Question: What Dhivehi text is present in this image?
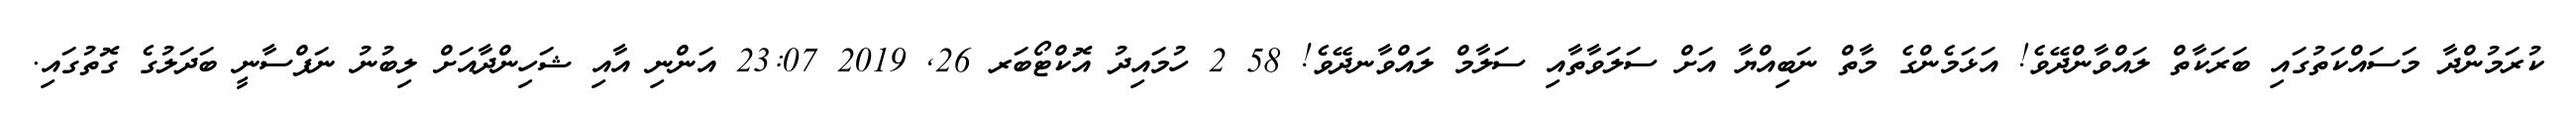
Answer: ކުރަމުންދާ މަސައްކަތުގައި ބަރަކާތް ލައްވާންދޭވެ! އަޅަމެންގެ މާތް ނަބިއްޔާ އަށް ސަލަވާތާއި ސަލާމް ލައްވާނދޭވެ! 58 2 ހުމައިދު އޮކްޓޯބަރ 26, 2019 23:07 އަންނި އާއި ޝަހިންދާއަށް ލިބުނު ނަފްސާނީ ބަދަލުގެ ގޮތުގައި.